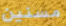
مسنين